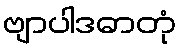
ဗျာပါဒဓာတုံ